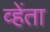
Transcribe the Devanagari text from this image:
व्हेंता